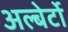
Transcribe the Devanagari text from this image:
अल्बेर्टो